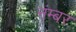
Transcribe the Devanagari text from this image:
नंम्बर